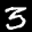
Label: 3